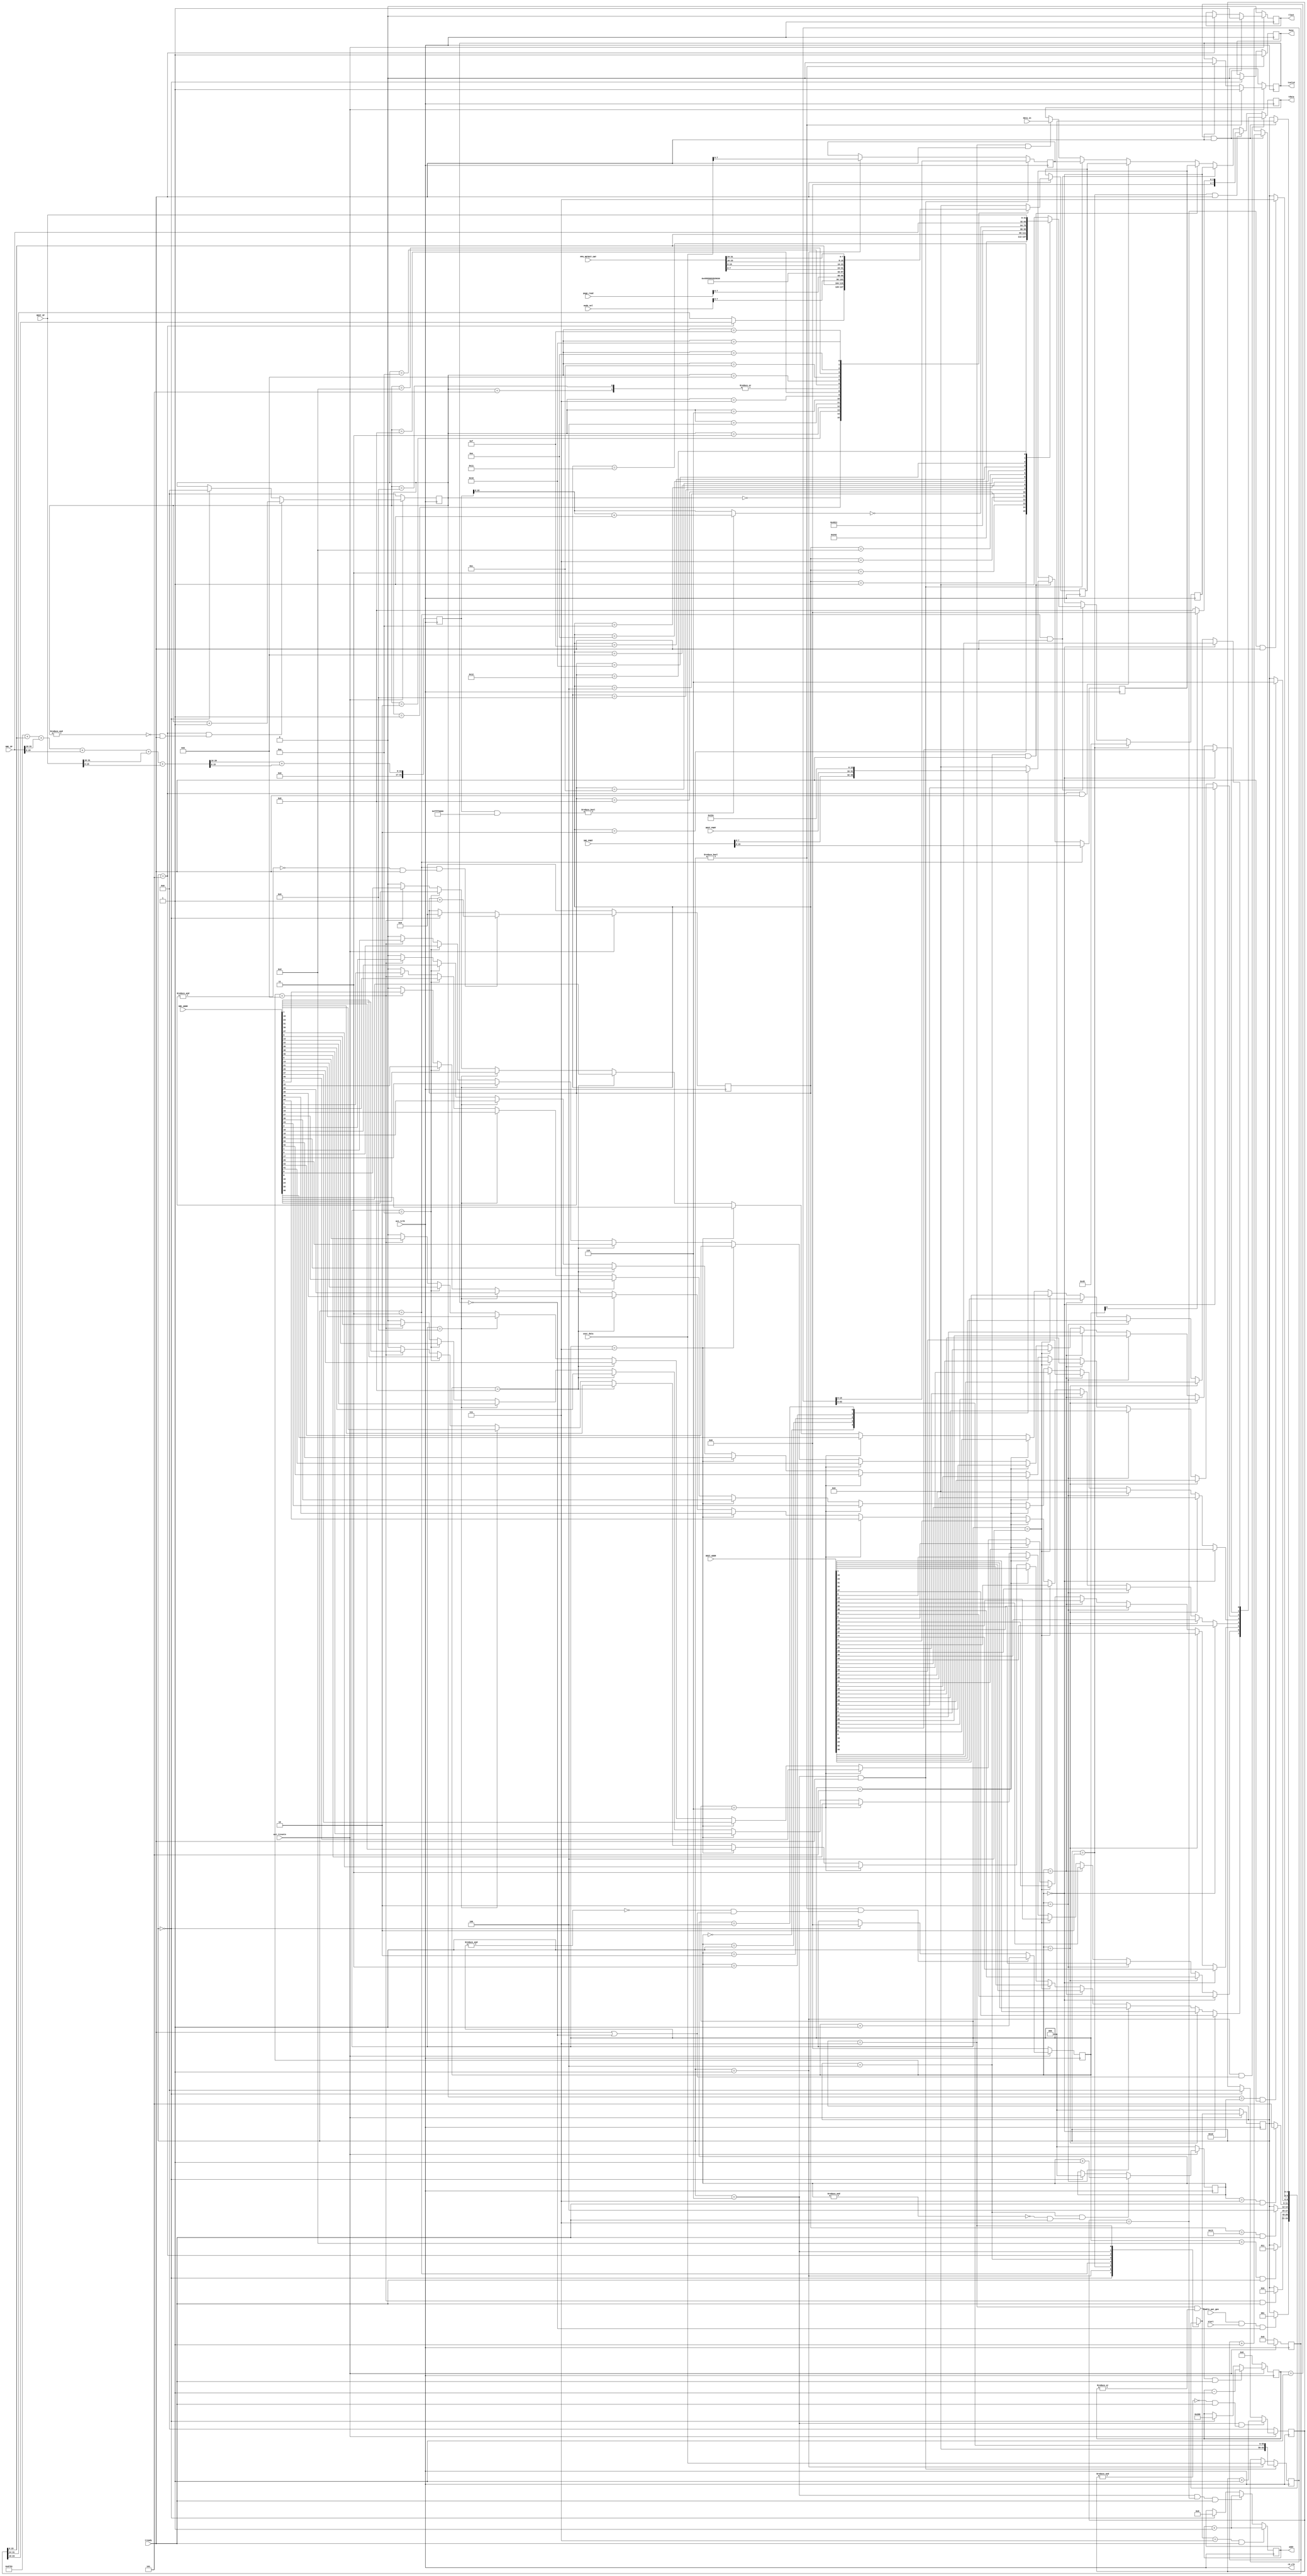
//------------------------------------------------------------------------------
// Project    : Xilinx LogiCORE Virtex-6 Embedded Tri-Mode Ethernet MAC
// Version    : 2.3
//-----------------------------------------------------------------------------//
// Description:  This is a very simple pattern generator which will generate packets
// with the supplied dest_addr and src_addr and incrementing data.  The packet size
// increments between the min and max size (which can be set to the same value if a
// specific size is required
//
//------------------------------------------------------------------------------

`timescale 1 ps/1 ps

module axi_pat_gen #(
//   parameter               DEST_ADDR = 48'h74D4359BE879,   //
//   parameter               SRC_ADDR  = 48'h5a0102030405,	  //
	parameter               MAX_SIZE  = 16'd512,
   parameter               MIN_SIZE  = 16'd512

)(
   input                   axi_tclk,
   input                   axi_tresetn,

   input                   enable_pat_gen,

   output reg  [7:0]       tdata,
   output                  tvalid,
   output reg              tlast,
   input                   tready,
	
  
  input[7:0] data_in, 
  input start,   //32KRSRstart32K64
  input [63:0] user_data,
  output rd_clk, 
  output reg[8:0] addr,
  output reg busy,
  input [15:0] page_read,					//modified on 150211
//  input [1:0] bag,									//modified on 150211
  
  input [15:0]mode_sel, //150916
  
  input [47:0]SRC_ADDR,
  input [47:0]DEST_ADDR,
  input [31:0]PPS_DETECT_CNT,
  //UDP
  input [31:0]SRC_IP,
  input [31:0]DEST_IP,
  input [15:0]SRC_PORT,
  input [15:0]DEST_PORT
);

					
parameter 		SYS_SIZE   = 6'd30,  //its max_size depends on sys_count 20151008
					USER_SIZE  = 6'd8,  
					DATA_SIZE  = 16'd512,
					TOTAL_SIZE = SYS_SIZE+USER_SIZE+DATA_SIZE,
					IP_SIZE = 16'd20,
					UDP_SIZE = 16'd8,
               IP_PACK_SIZE = TOTAL_SIZE + IP_SIZE + UDP_SIZE,
					UDP_PACK_SIZE = TOTAL_SIZE + UDP_SIZE;

parameter      IDLE   = 0,
               HEADER = 1,
//             SIZE   = 2,

					TYPE = 2,
					IP = 3,
					UDP = 4,
					
//					SYS    = 3,//system  
//					USER   = 4,//user    
//             DATA   = 5;// data   
					SYS    = 5,//system  
					USER   = 6,//user    
               DATA   = 7;// data   


reg         [3:0]          header_count;

reg         [4:0]          ip_count;
reg         [2:0]          udp_count;

reg         [5:0]				sys_count;
reg         [5:0]				user_count;
reg         [11:0]         data_count;

reg         [63:0]         user_reg;

reg         [2:0]          next_gen_state;
reg         [2:0]          gen_state;

//wire        [7:0]          lut_data;
reg        [7:0]          lut_data;

reg                        tvalid_int;

wire                       axi_treset;

reg         [31:0]    frame_count;
reg         [7:0]     sys_byte;
reg         [7:0] 	 user_byte;

reg         [7:0]     ip_byte;
reg         [7:0]     udp_byte;

assign axi_treset = !axi_tresetn;

assign rd_clk = axi_tclk;




// simple state machine to control the data 
// on the transition from IDLE we reset the counters and increment the packet size
always @(gen_state or enable_pat_gen or tready or header_count or sys_count or user_count or data_count or tvalid_int or start)
begin
   next_gen_state = gen_state;
   case (gen_state)
      IDLE : begin
      if (enable_pat_gen & start & !tvalid_int)begin
//		if (enable_pat_gen & !tvalid_int)begin
				//busy <= 1;
            next_gen_state = HEADER;
			end
      end
      HEADER : begin
         if ((header_count == 4'd11) && tready)
//          next_gen_state = SIZE;
				next_gen_state = TYPE;
      end
//    SIZE : begin
//       if ((header_count == 4'd13) && tready)
//          next_gen_state = SYS;
//    end

		TYPE : begin
         if ((header_count == 4'd13) && tready)
            next_gen_state = IP;
      end
		IP : begin
			if ((ip_count == (IP_SIZE-1)) && tready)
				next_gen_state = UDP;
		end
		UDP : begin
			if ((udp_count == (UDP_SIZE-1)) && tready)
				next_gen_state = SYS;
		end
		
		SYS : begin
         if ((sys_count == (SYS_SIZE-1)) && tready)
            next_gen_state = USER;
      end
		
		USER : begin
         if ((user_count == (USER_SIZE-1)) && tready)
            next_gen_state = DATA;
      end
		
      DATA : begin
         if ((data_count == 12'd1) && tready) begin
			next_gen_state = IDLE;
         end
      end
      default : begin
         next_gen_state = IDLE;
      end
   endcase
end

always @(posedge axi_tclk)
begin
   if (axi_treset) begin
      gen_state <= IDLE;
   end
   else begin
   gen_state <= next_gen_state;
   end
end

// need a small count to manage the header insertion
always @(posedge axi_tclk)
begin
   if (axi_treset) begin
      header_count <= 4'd0;
   end
   else if ((gen_state != IDLE) && !(&header_count) & (tready | !tvalid_int)) begin
      header_count <= header_count + 4'd1;
   end
   else if (gen_state == IDLE) begin
      header_count <= 4'd0;
   end
end

//need a count to manage the IP header
always @(posedge axi_tclk)
begin
	if (axi_treset) begin
		ip_count <= 5'd0;
	end
	else if ((gen_state == IP) && !(&ip_count) & (tready)) begin
		ip_count <= ip_count + 5'd1;
	end
	else if (gen_state == IDLE) begin
		ip_count <= 5'd0;
	end
end

//need a count to manage the UDP header
always @(posedge axi_tclk)
begin
	if (axi_treset) begin
		udp_count <= 3'd0;
	end
	else if ((gen_state == UDP) && !(&udp_count) & (tready)) begin
		udp_count <= udp_count + 3'd1;
	end
	else if (gen_state == IDLE) begin
		udp_count <= 3'd0;
	end
end

//system counter
always @(posedge axi_tclk)
begin
   if (axi_treset) begin
      sys_count <= 6'd0;
   end
   else if ((gen_state ==	SYS) && !(&sys_count) & (tready)) begin
      sys_count <= sys_count + 6'd1;
   end
   else if (gen_state == IDLE) begin
      sys_count <= 6'd0;
   end
end

//user counter
always @(posedge axi_tclk)
begin
   if (axi_treset) begin
      user_count <= 6'd0;
   end
   else if ((gen_state ==	USER) && !(&user_count) & (tready)) begin
      user_count <= user_count + 6'd1;
   end
   else if (gen_state == IDLE) begin
      user_count <= 6'd0;
   end
end

// DATA counter - max size limited to 11 bits
always @(posedge axi_tclk)
begin
   if (axi_treset) begin
      data_count <= 12'd0;
   end
   else if ((gen_state == DATA) && |data_count && tready) begin
      data_count <= data_count - 12'd1;
   end
   else if (gen_state == IDLE) begin
      data_count <= DATA_SIZE;
   end
end

// store the parameterized values in a lut (64 deep) 
// this should mean the values could be adjusted in fpga_editor etc..
genvar i;
generate
  for (i=0; i<=7; i=i+1) begin : gen_addr
//    LUT6 #(
//       .INIT      ({52'd0,
//                    SRC_ADDR[i],
//                    SRC_ADDR[i+8],
//                    SRC_ADDR[i+16],
//                    SRC_ADDR[i+24],
//                    SRC_ADDR[i+32],
//                    SRC_ADDR[i+40],
//                    DEST_ADDR[i],
//                    DEST_ADDR[i+8],
//                    DEST_ADDR[i+16],
//                    DEST_ADDR[i+24],
//                    DEST_ADDR[i+32],
//                    DEST_ADDR[i+40]
//                   })   // Specify LUT Contents
//    ) LUT6_inst (
//       .O         (lut_data[i]),
//       .I0        (header_count[0]),
//       .I1        (header_count[1]),
//       .I2        (header_count[2]),
//       .I3        (header_count[3]),
//       .I4        (1'b0),
//       .I5        (1'b0)
//    );
	always @(header_count[0] or header_count[1] or header_count[2] or header_count[3])
		begin
			if(header_count==0) lut_data[i]<=DEST_ADDR[i+40];
			else if(header_count==1 ) lut_data[i]<=DEST_ADDR[i+32];
			else if(header_count==2 ) lut_data[i]<=DEST_ADDR[i+24];
			else if(header_count==3 ) lut_data[i]<=DEST_ADDR[i+16];
			else if(header_count==4 ) lut_data[i]<=DEST_ADDR[i+8];
			else if(header_count==5 ) lut_data[i]<=DEST_ADDR[i];
			else if(header_count==6 ) lut_data[i]<=SRC_ADDR[i+40];
			else if(header_count==7 ) lut_data[i]<=SRC_ADDR[i+32];
			else if(header_count==8 ) lut_data[i]<=SRC_ADDR[i+24];
			else if(header_count==9 ) lut_data[i]<=SRC_ADDR[i+16];
			else if(header_count==10) lut_data[i]<=SRC_ADDR[i+8];
			else if(header_count==11) lut_data[i]<=SRC_ADDR[i];
			else lut_data[i]<=0;
		end
   end
endgenerate


// now generate the output for different state
always @(posedge axi_tclk)
begin
   if ((gen_state == HEADER) && (tready | !tvalid_int))
      tdata <= lut_data;
		
//   else if ((gen_state == SIZE) && tready) begin
	else if ((gen_state == TYPE) && tready) begin
      if (header_count[0])
//         tdata <= TOTAL_SIZE[7:0];
			tdata <= 8'h00;
      else
//         tdata <= {5'h0, TOTAL_SIZE[10:8]};
         tdata <= 8'h08;
   end
	
	else if ((gen_state == IP) && tready)begin
		tdata <= ip_byte;
	end
	
	else if ((gen_state == UDP) && tready)begin
		tdata <= udp_byte;	
	end
	
	else if ((gen_state == SYS) && tready)begin
			tdata <= sys_byte;
	end
	
	else if ((gen_state == USER) && tready)begin
			tdata <= user_byte;
	end
	
	else if ((gen_state == DATA) && tready)begin
			tdata <= data_in;
	end
	
end

//addr  data 
always @(posedge axi_tclk)
begin
	if ((next_gen_state == DATA) && tready)
				addr <= addr + 9'd1;
	else if ((gen_state == USER) && (user_count==(USER_SIZE-1))  && tready) //USER_SIZE-2
		addr <= addr + 9'd1;
	else if (gen_state == IDLE)
		addr <= 0;
end

// generate the output for SYS state
always @(posedge axi_tclk)
begin
	if (axi_treset)
		frame_count <= 0;
	else if ((data_count == 12'd1) && tready)begin
		frame_count <= frame_count + 32'd1;
	end
end

always @(posedge axi_tclk)						//modified on 150211
begin
	if (tready)begin
		case(sys_count)
			6'd0:begin
			if(gen_state == SYS)
			sys_byte <= frame_count[23:16];
			else
			sys_byte <= frame_count[31:24];
			end
			6'd1:begin
			sys_byte <= frame_count[15:8];
			end
			6'd2:begin
			sys_byte <= frame_count[7:0];
			end
			6'd3:begin
			sys_byte <= mode_sel[7:0];//mode_sel[15:8];
			end
			6'd4:begin
			sys_byte <= page_read[7:0];;//mode_sel[7:0];//
			end
			6'd5:begin
			sys_byte <= 8'h53;//S//page_read[15:8];			//512
			end
			6'd6:begin
			sys_byte <= 8'h45;//E//page_read[7:0]; //512
			end
			6'd7:begin
			sys_byte <= 8'h55;//U
			end
			6'd8:begin
			sys_byte <= 8'h50;//P
			end
			6'd9:begin
			sys_byte <= 8'h53;//S
			end
			6'd10:begin
			sys_byte <= 8'h52;//R
			end
			6'd11:begin
			sys_byte <= 8'h56;//V
			end
			6'd12:begin
			sys_byte <= 8'h32;//2
			end
			6'd13:begin
			sys_byte <= PPS_DETECT_CNT[7:0];//
			end
			6'd14:begin
			sys_byte <= PPS_DETECT_CNT[15:8];
			end
			6'd15:begin
			sys_byte <= PPS_DETECT_CNT[23:16];//8'h2D;//-
			end
			6'd16:begin
			sys_byte <= PPS_DETECT_CNT[31:24];//8'h41;//A
			end
			default:begin
			sys_byte <= 0;
			end
		endcase
	end
end

//generate the output for IP state
reg [15:0] ipchecksum;
reg [31:0] ipchecksum_tmp;
always @(posedge axi_tclk)
begin
	//0x4500+IP_PACK_SIZE[15:0]+frame_count[15:0]+0x0000+0x4011
	//+SRC_IP[31:16]+SRC_IP[15:0]+DEST_IP[31:16]+DEST_IP[15:0]
	ipchecksum_tmp=32'h00008511+{16'h0000,IP_PACK_SIZE[15:0]}+{16'h0000,frame_count[15:0]}
	+{16'h0000,SRC_IP[31:16]}+{16'h0000,SRC_IP[15:0]}+{16'h0000,DEST_IP[31:16]}+{16'h0000,DEST_IP[15:0]};
	ipchecksum_tmp=ipchecksum_tmp[31:16]+ipchecksum_tmp[15:0];
end

always @(ipchecksum_tmp)
begin
	if (ipchecksum_tmp & 32'hffff0000) begin //
		ipchecksum=ipchecksum_tmp;
		ipchecksum=ipchecksum+1;
	end
	else
		ipchecksum=ipchecksum_tmp;
	ipchecksum=~ipchecksum;
end

always @(posedge axi_tclk)
begin
	if (gen_state == TYPE)
	//
		//
		ip_byte <= 8'h45;
	else if ((gen_state == IP) && tready) begin
		case(ip_count)
		//IP
			5'd1:begin
				ip_byte <= IP_PACK_SIZE[15:8];
			end
			5'd2:begin
				ip_byte <= IP_PACK_SIZE[7:0];
			end
		//
			5'd3:begin
				ip_byte <= frame_count[15:8];
			end
			5'd4:begin
				ip_byte <= frame_count[7:0];
			end
		//
			5'd7:begin
				ip_byte <= 8'h40;
			end
		//
			5'd8:begin
				ip_byte <= 8'h11;
			end
		//IP
			5'd9:begin
				ip_byte <= ipchecksum[15:8];
			end
			5'd10:begin
				ip_byte <= ipchecksum[7:0];
			end
		//IP192.168.253.1
			5'd11:begin
				ip_byte <= SRC_IP[31:24];
			end
			5'd12:begin
				ip_byte <= SRC_IP[23:16];
			end
			5'd13:begin
				ip_byte <= SRC_IP[15:8];
			end
			5'd14:begin
				ip_byte <= SRC_IP[7:0];
			end
		//IP192.168.253.8
			5'd15:begin
				ip_byte <= DEST_IP[31:24];
			end
			5'd16:begin
				ip_byte <= DEST_IP[23:16];
			end
			5'd17:begin
				ip_byte <= DEST_IP[15:8];
			end
			5'd18:begin
				ip_byte <= DEST_IP[7:0];
			end
		//0x00
			default:begin
				ip_byte <= 8'h00;
			end
		endcase
	end
end

//generate the output for UDP state
always @(posedge axi_tclk)
begin
	if (gen_state == IP)
	//
		//
		udp_byte <= SRC_PORT[15:8];
	else if ((gen_state == UDP) && tready) begin
		case(udp_count)
			3'd0:begin
				udp_byte <= SRC_PORT[7:0];
			end
			//
			3'd1:begin
				udp_byte <= DEST_PORT[15:8];
			end
			3'd2:begin
				udp_byte <= DEST_PORT[7:0];
			end
			//UDP
			3'd3:begin
				udp_byte <= UDP_PACK_SIZE[15:8];
			end
			3'd4:begin
				udp_byte <= UDP_PACK_SIZE[7:0];
			end
			//UDP
			3'd5:begin
				udp_byte <= 8'h00;
			end
			3'd6:begin
				udp_byte <= 8'h00;
			end
			//0x00
			default:begin
				udp_byte <= 8'h00;
			end
		endcase
	end
end


// generate the output for USER state
always @(posedge axi_tclk)
begin
	if ((gen_state == USER) && tready)begin
		user_reg=user_reg>>8;
		user_byte=user_reg[7:0];
	end
	else if(gen_state==HEADER)begin
		user_reg=user_data;
		user_byte=user_reg[7:0];
	end
end

// generate the busy output
always @(posedge axi_tclk)
begin
	if (gen_state != IDLE)begin
		busy<=1;
	end
	else if(gen_state==IDLE)begin
		busy<=0;
	end
end

// now generate the TLAST output
always @(posedge axi_tclk)
begin
   if (axi_treset)
      tlast <= 0;
   else if ((data_count == 12'd1) && tready)
      tlast <= 1;
   else if (tready)
      tlast <= 0;
end

// now generate the TVALID output
always @(posedge axi_tclk)
begin
   if (axi_treset)
      tvalid_int <= 0;
   else if (gen_state != IDLE)
		tvalid_int <= 1;
   else if (tready)
      tvalid_int <= 0;
end

assign tvalid = tvalid_int;



endmodule